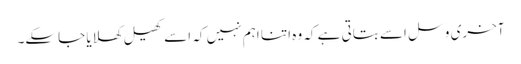
آخری وسل اسے بتاتی ہے کہ وہ اتنا اہم نہیں کہ اسے کھیل کھلایا جاسکے۔